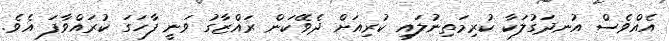
އެއްވެސް އުނދަގުލަކާ ކުރިމަތިނުލައި ކުރިއަށް ދެވޭކަން ރައްޒާގު ވަނީ ފާހަގަ ކުރައްވާފަ އެވެ.